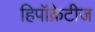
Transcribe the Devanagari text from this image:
हिपॉक्रेटीज